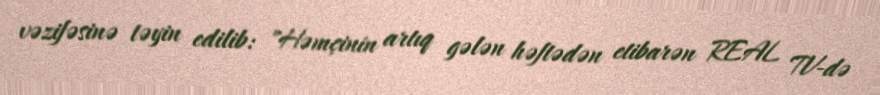
vəzifəsinə təyin edilib: "Həmçinin artıq gələn həftədən etibarən REAL TV-də